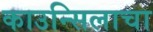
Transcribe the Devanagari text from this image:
काउन्सिलाचा